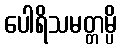
ပေါရိသမတ္တမ္ပိ